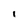
Character: 1